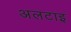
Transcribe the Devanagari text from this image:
अलटाइ